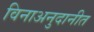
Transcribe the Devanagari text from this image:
विनाअनुदानीत